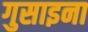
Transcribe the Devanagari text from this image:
गुसाइना